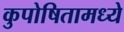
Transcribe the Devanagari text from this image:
कुपोषितामध्ये